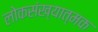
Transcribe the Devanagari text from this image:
लोकसंख्यात्मक